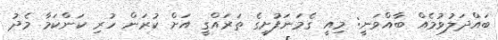
ބައްދަލުވުމެއް ބާއްވަނީ: މިއީ ގެމަނަފުށީގެ ތަރައްގީ އަށް ކުރަން ހުރި ކަންކަމާ މެދު